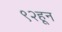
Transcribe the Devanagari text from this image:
९२हून